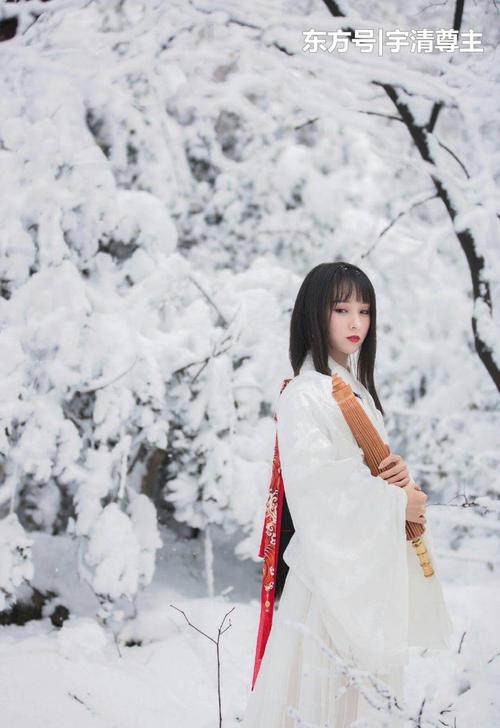
那里是清江江上村，香闺里冷落谁瞅问？好一个憔悴的凭栏人。